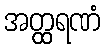
အတ္ထရဏံ